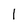
Character: I